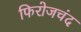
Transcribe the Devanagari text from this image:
फिरोजचंद